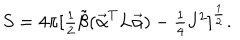
S = 4 \pi [ \textstyle { { \frac { 1 } { 2 } } } { \tilde { \beta } } ( \vec { \cal \alpha } ^ { T } L \vec { \cal \alpha } ) - \textstyle { { \frac { 1 } { 4 } } } J ^ { 2 } ] ^ { \frac { 1 } { 2 } } .